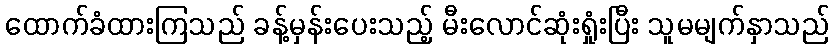
ထောက်ခံထားကြသည် ခန့်မှန်းပေးသည့် မီးလောင်ဆုံးရှုံးပြီး သူမမျက်နှာသည်